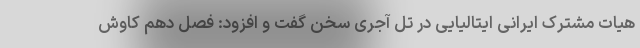
هیات مشترک ایرانی ایتالیایی در تل آجری سخن گفت و افزود: فصل دهم کاوش